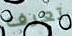
تعرف